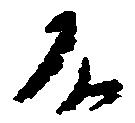
不